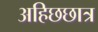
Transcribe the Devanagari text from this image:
अहिछछात्र